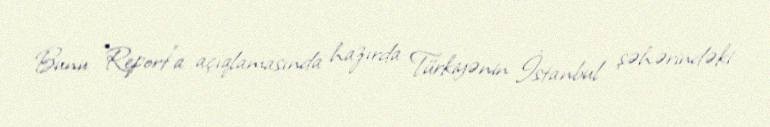
Bunu "Report"a açıqlamasında hazırda Türkiyənin İstanbul şəhərindəki